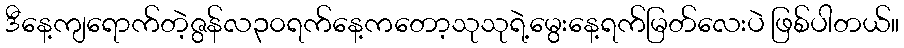
ဒီနေ့ကျရောက်တဲ့ဇွန်လ၃၀ရက်နေ့ကတော့သုသုရဲ့မွေးနေ့ရက်မြတ်လေးပဲ ဖြစ်ပါတယ်။